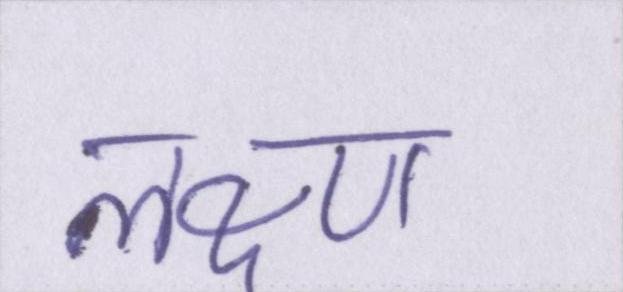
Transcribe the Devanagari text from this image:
लक्ष्ण